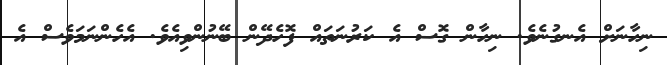
ނިހާނަށް އެނގުނެވެ. ނިހާން ގޮސް އެ ކަރުނަތައް ފޮހެދޭން ބޭނުންވިއެވެ. އެހެންނަމަވެސް އެ